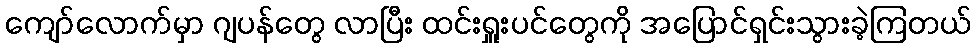
ကျော်လောက်မှာ ဂျပန်တွေ လာပြီး ထင်းရှူးပင်တွေကို အပြောင်ရှင်းသွားခဲ့ကြတယ်